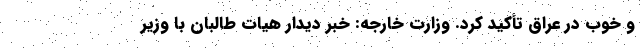
و خوب در عراق تأکید کرد. وزارت خارجه: خبر دیدار هیات طالبان با وزیر